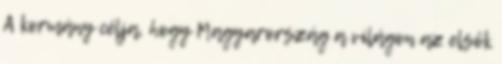
A kormány célja, hogy Magyarország a világon az elsők